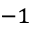
^ { - 1 }